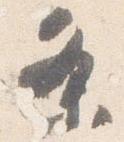
条